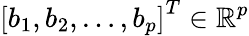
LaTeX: \left[b_{1},b_{2},\ldots,b_{p}\right]^{T}\in\mathbb{R}^{p}